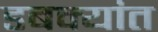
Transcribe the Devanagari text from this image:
डबक्यांत